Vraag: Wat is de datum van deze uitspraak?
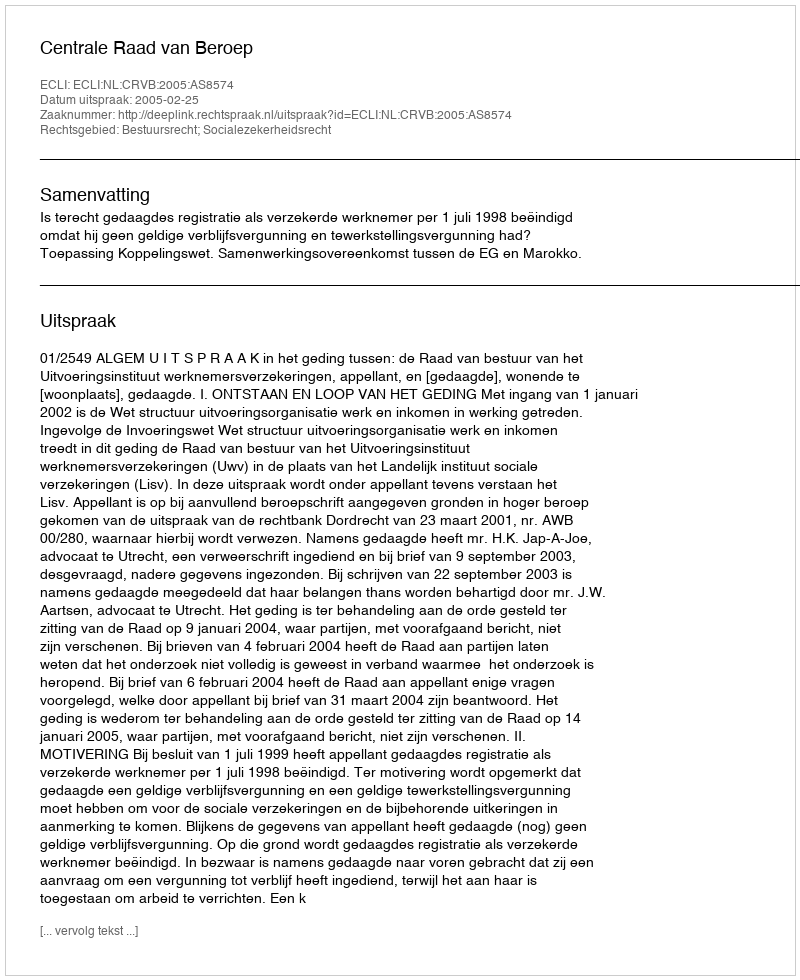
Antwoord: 2005-02-25